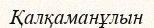
Қалқаманұлын